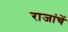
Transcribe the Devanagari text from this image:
राजांचें